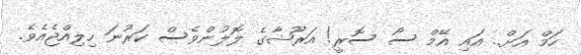
ހަމް އަށް.. އައި އޭމް ސޯ ސޮރީ! އަރޫޝާގެ ލޮލުންވެސް ކަރުނަ ހިލިއްޖެއެވެ.